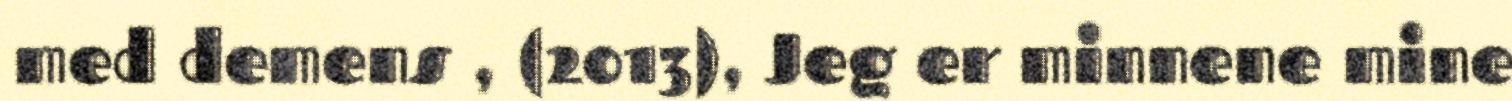
med demens , (2013), Jeg er minnene mine